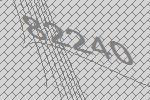
82240